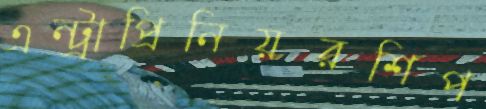
এন্ট্রাপ্রিনিয়রশিপ